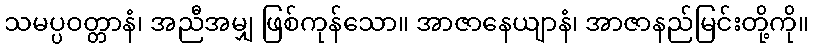
သမပ္ပဝတ္တာနံ၊ အညီအမျှ ဖြစ်ကုန်သော။ အာဇာနေယျာနံ၊ အာဇာနည်မြင်းတို့ကို။